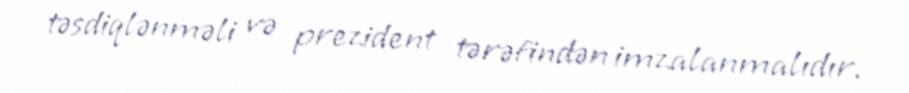
təsdiqlənməli və prezident tərəfindən imzalanmalıdır.